Document type: Sale
Year: 1305
Scribe: Bernat de Vilarúbia
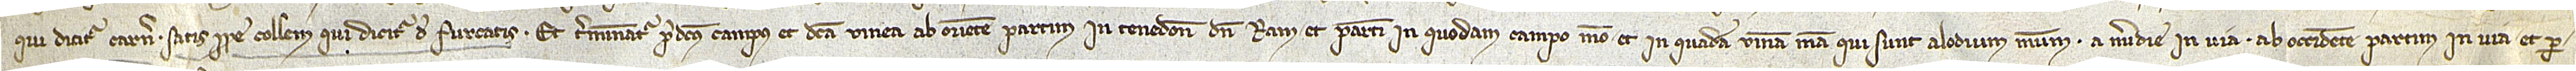
qui dicitur Carner, satis prope collum qui dicitur de Furcatis. Et terminantur predictus campus et dicta vinea ab oriente partim in tenedone d’en Ram et partim in quodam campo meo, et in quadam vinea mea, qui sunt alodium meum; a meridie in via; ab occidente partim in via et par-